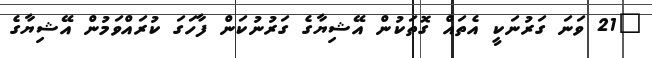
"21 ވަނަ ގަރުނަކީ އެތައް ގޮތަކުން އޭޝިޔާގެ ގަރުނުކަން ފާހަގަ ކުރައްވަމުން އޭޝިޔާގެ